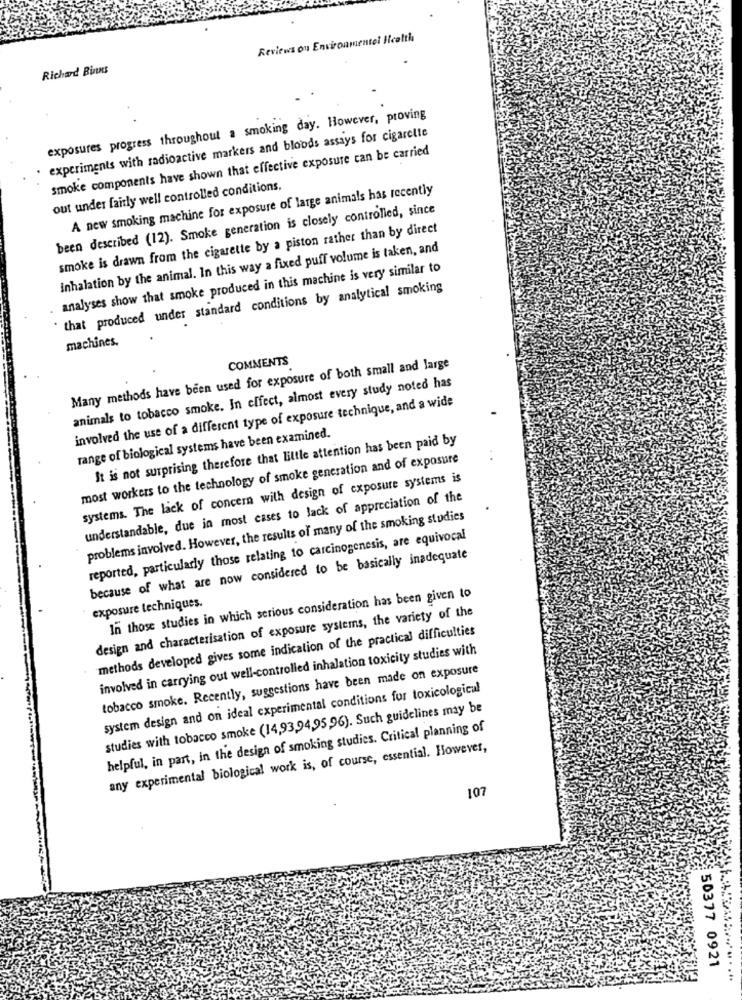
Reviews on Environmentel Health
Richard Binns
exposures progress throughout a smoking day. However, proving
experiments with radioactive markers and bloods assays for cigarette
smoke components have shown that effective exposure can be carried
out under fairly well controlled conditions.
A new smoking machine for exposure of large animals has recently
been described (12). Smoke generation is closely controlled, since
smoke is drawn from the cigarette by a piston rather than by direct
Inhalation by the animal. In this way a fixed puff volume is taken, and
analyses show that smoke produced in this machine is very similar to
"that produced under standard conditions by analytical smoking
machines.
COMMENTS
Many methods have been used for exposure of both small and large
animals to tobacco smoke. In effect, almost every study noted has
involved the use of a different type of exposure technique, and a wide
range of biological systems have been examined.
It is not surprising therefore that little attention has been paid by
most workers to the technology of smoke generation and of exposure
systems. The lack of concern with design of exposure systems is
understandable, due in most cases to lack of appreciation of the
problems involved. However, the results of many of the smoking studies
reported, particularly those relating to carcinogenesis, are equivocal
because of what are now considered to be basically inadequate
In those studies in which serious consideration has been given to
exposure techniques.
design and characterisation of exposure systems, the variety of the
methods developed gives some indication of the practical difficulties
involved in carrying out well-controlled inhalation toxicity studies with
tobacco smoke. Recently, suggestions have been made on exposure
system design and on ideal experimental conditions for toxicological
studies with tobacco smoke (14,93,94,95,96). Such guidelines may be
helpful, in part, in the design of smoking studies. Critical planning of
any experimental biological work is, of course, essential. However,
107
50377 0921